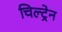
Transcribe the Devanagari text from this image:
चिल्ट्रेन